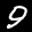
Label: 9